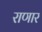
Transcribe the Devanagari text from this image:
राणार